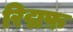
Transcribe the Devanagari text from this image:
रिद्मफ़